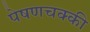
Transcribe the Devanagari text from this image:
पेषणचक्की